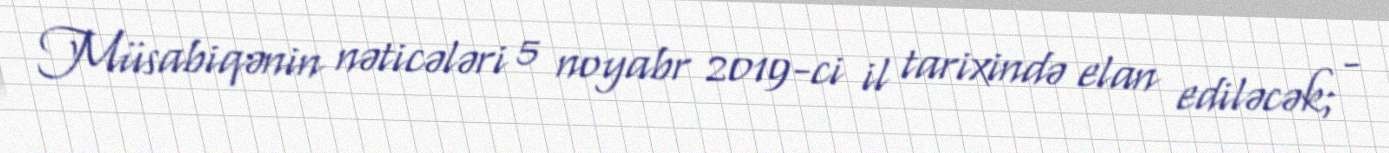
Müsabiqənin nəticələri 5 noyabr 2019-ci il tarixində elan ediləcək; -